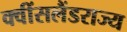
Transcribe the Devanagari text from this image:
क्वींसलैंडराज्य